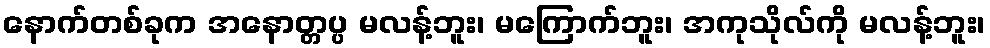
နောက်တစ်ခုက အနောတ္တပ္ပ မလန့်ဘူး၊ မကြောက်ဘူး၊ အကုသိုလ်ကို မလန့်ဘူး၊